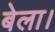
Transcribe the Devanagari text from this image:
बेला।